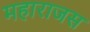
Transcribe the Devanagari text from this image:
महाराजस